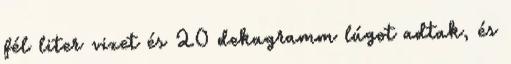
fél liter vizet és 20 dekagramm lúgot adtak, és